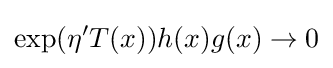
\exp(\eta 'T(x))h(x)g(x)\rightarrow 0